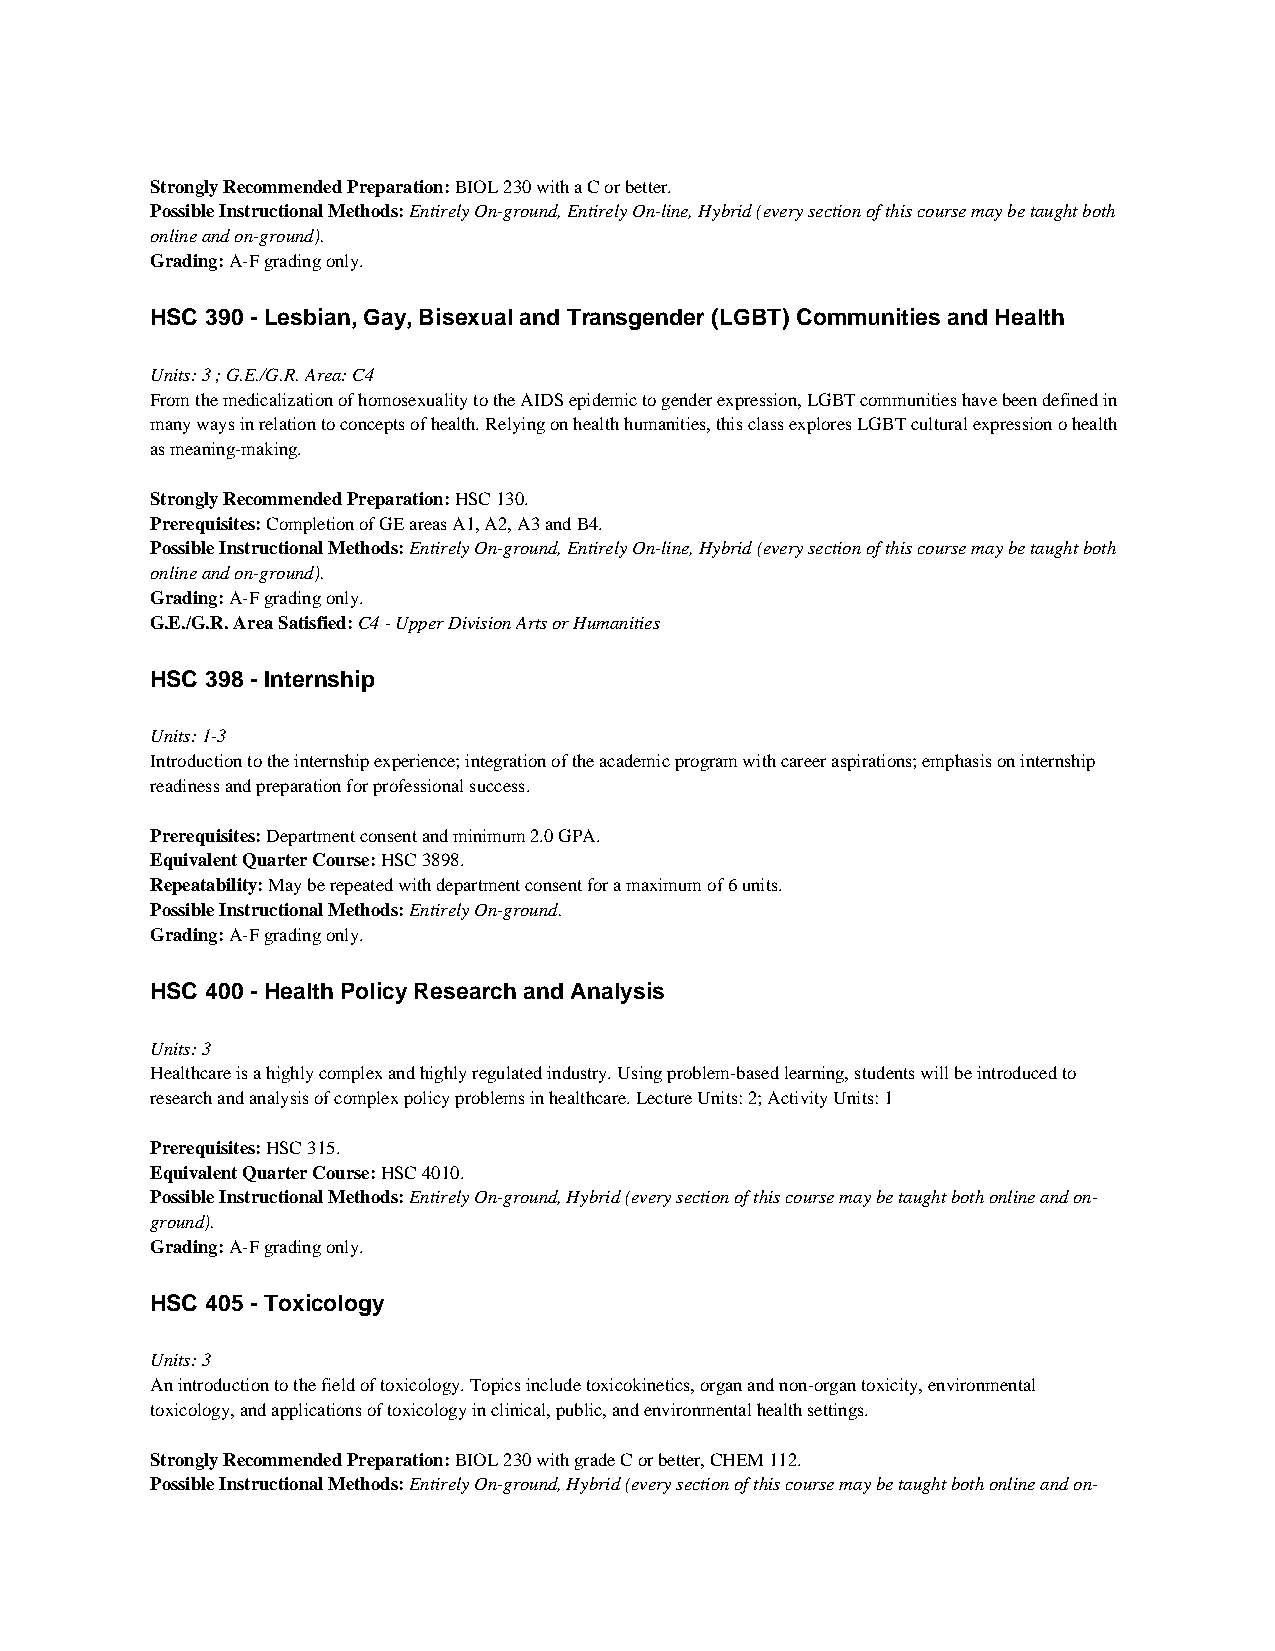
Strongly Recommended Preparation: BIOL 230 with a C or better.
 Possible Instructional Methods: Entirely On-ground, Entirely On-line, Hybrid (every section of this course may be taught both
 online and on-ground).
 Grading: A-F grading only.
 HSC 390 - Lesbian, Gay, Bisexual and Transgender (LGBT) Communities and Health
 Units: 3 ; G.E./G.R. Area: C4
 From the medicalization of homosexuality to the AIDS epidemic to gender expression, LGBT communities have been defined in
 many ways in relation to concepts of health. Relying on health humanities, this class explores LGBT cultural expression o health
 as meaning-making.
 Strongly Recommended Preparation: HSC 130.
 Prerequisites: Completion of GE areas A1, A2, A3 and B4.
 Possible Instructional Methods: Entirely On-ground, Entirely On-line, Hybrid (every section of this course may be taught both
 online and on-ground).
 Grading: A-F grading only.
 G.E./G.R. Area Satisfied: C4 - Upper Division Arts or Humanities
 HSC 398 - Internship
 Units: 1-3
 Introduction to the internship experience; integration of the academic program with career aspirations; emphasis on internship
 readiness and preparation for professional success.
 Prerequisites: Department consent and minimum 2.0 GPA.
 Equivalent Quarter Course: HSC 3898.
 Repeatability: May be repeated with department consent for a maximum of 6 units.
 Possible Instructional Methods: Entirely On-ground.
 Grading: A-F grading only.
 HSC 400 - Health Policy Research and Analysis
 Units: 3
 Healthcare is a highly complex and highly regulated industry. Using problem-based learning, students will be introduced to
 research and analysis of complex policy problems in healthcare. Lecture Units: 2; Activity Units: 1
 Prerequisites: HSC 315.
 Equivalent Quarter Course: HSC 4010.
 Possible Instructional Methods: Entirely On-ground, Hybrid (every section of this course may be taught both online and on-
 ground).
 Grading: A-F grading only.
 HSC 405 - Toxicology
 Units: 3
 An introduction to the field of toxicology. Topics include toxicokinetics, organ and non-organ toxicity, environmental
 toxicology, and applications of toxicology in clinical, public, and environmental health settings.
 Strongly Recommended Preparation: BIOL 230 with grade C or better, CHEM 112.
 Possible Instructional Methods: Entirely On-ground, Hybrid (every section of this course may be taught both online and on-